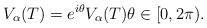
\begin{align*}V_\alpha(T) = e^{i\theta} V_\alpha(T) \theta \in [0, 2\pi).\end{align*}